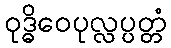
ဝုဒ္ဓိဝေပုလ္လပ္ပတ္တံ